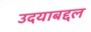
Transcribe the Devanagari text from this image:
उदयाबद्दल